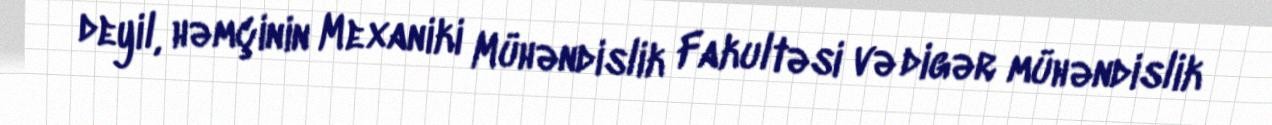
deyil, həmçinin Mexaniki Mühəndislik Fakultəsi və digər mühəndislik